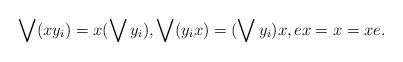
LaTeX: \begin{align*} \bigvee (x y_i) = x (\bigvee y_i), \bigvee (y_i x) = (\bigvee y_i) x, ex = x = xe.\end{align*}